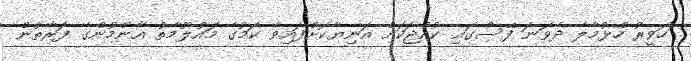
ހަވީރު ހުޅުމާލެ ދެވަނަ ފޭސްގައި ކުއްޖަކަށް އަނިޔާކޮށްފައިވާ ކަމުގެ މައުލޫމާތު އާންމުންގެ ފަރާތުން